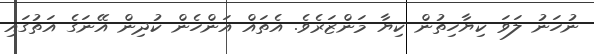
ނުހަނު ލަވަ ކިޔާހިތުން ކިޔާ މަންޒަރެވެ. އެތައް އަންހެން ކުދިން އޭނަގެ އަތުގައި